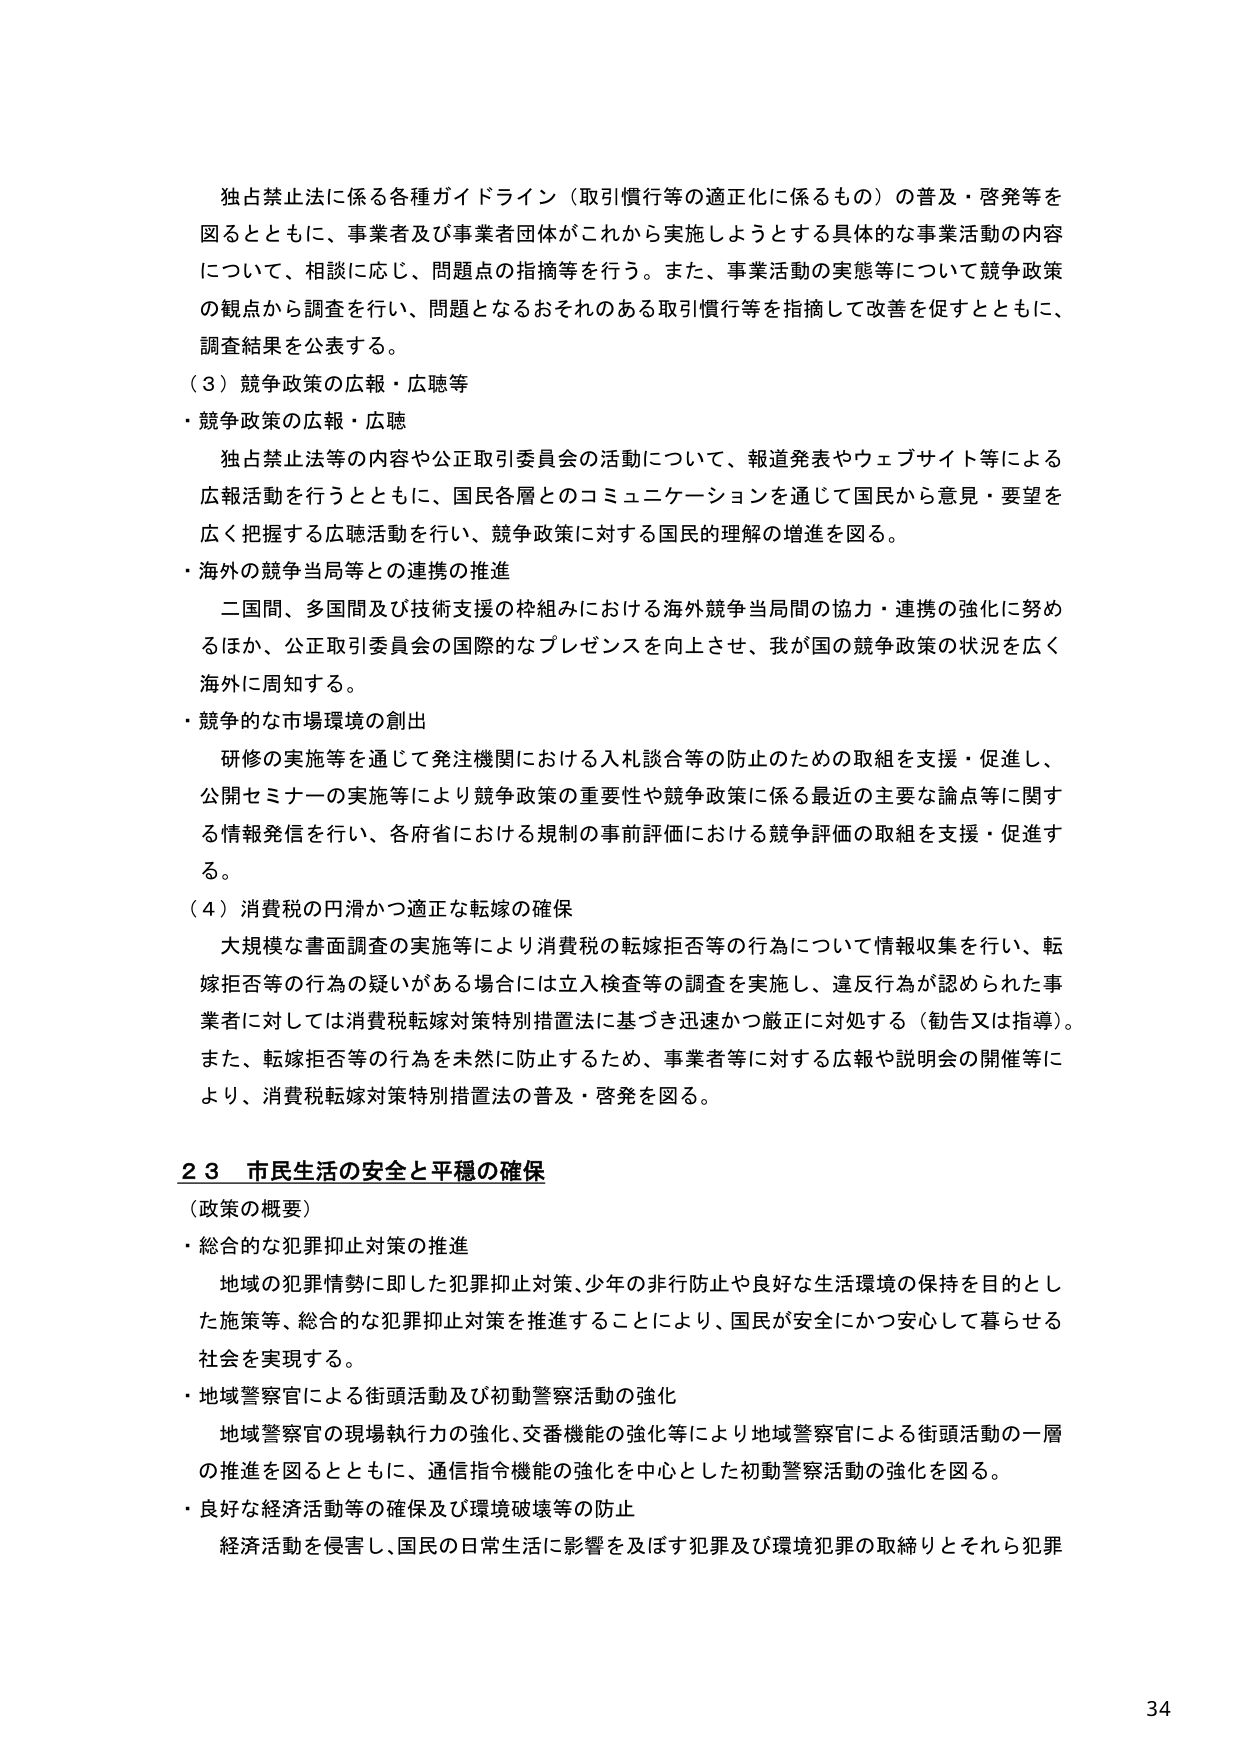
独占禁止法に係る各種ガイドライン（取引慣行等の適正化に係るもの）の普及・啓発等を図るとともに、事業者及び事業者団体がこれから実施しようとする具体的な事業活動の内容について、相談に応じ、問題点の指摘等を行う。また、事業活動の実態等について競争政策の観点から調査を行い、問題となるおそれのある取引慣行等を指摘して改善を促すとともに、調査結果を公表する。

（３）競争政策の広報・広聴等

・競争政策の広報・広聴

独占禁止法等の内容や公正取引委員会の活動について、報道発表やウェブサイト等による広報活動を行うとともに、国民各層とのコミュニケーションを通じて国民から意見・要望を広く把握する広聴活動を行い、競争政策に対する国民的理解の増進を図る。

・海外の競争当局等との連携の推進

二国間、多国間及び技術支援の枠組みにおける海外競争当局間の協力・連携の強化に努めるほか、公正取引委員会の国際的なプレゼンスを向上させ、我が国の競争政策の状況を広く海外に周知する。

・競争的な市場環境の創出

研修の実施等を通じて発注機関における入札談合等の防止のための取組を支援・促進し、公開セミナーの実施等により競争政策の重要性や競争政策に係る最近の主要な論点等に関する情報発信を行い、各府省における規制の事前評価における競争評価の取組を支援・促進する。

（４）消費税の円滑かつ適正な転嫁の確保

大規模な書面調査の実施等により消費税の転嫁拒否等の行為について情報収集を行い、転嫁拒否等の行為の疑いがある場合には立入検査等の調査を実施し、違反行為が認められた事業者に対しては消費税転嫁対策特別措置法に基づき迅速かつ厳正に対処する（勧告又は指導）。また、転嫁拒否等の行為を未然に防止するため、事業者等に対する広報や説明会の開催等により、消費税転嫁対策特別措置法の普及・啓発を図る。

２３ 市民生活の安全と平穏の確保

（政策の概要）

・総合的な犯罪抑止対策の推進

地域の犯罪情勢に即した犯罪抑止対策、少年の非行防止や良好な生活環境の保持を目的とした施策等、総合的な犯罪抑止対策を推進することにより、国民が安全にかつ安心して暮らせる社会を実現する。

・地域警察官による街頭活動及び初動警察活動の強化

地域警察官の現場執行力の強化、交番機能の強化等により地域警察官による街頭活動の一層の推進を図るとともに、通信指令機能の強化を中心とした初動警察活動の強化を図る。

・良好な経済活動等の確保及び環境破壊等の防止

経済活動を侵害し、国民の日常生活に影響を及ぼす犯罪及び環境犯罪の取締りとそれら犯罪

34